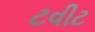
ટવીટ